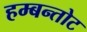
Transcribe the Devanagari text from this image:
हम्बन्तोट